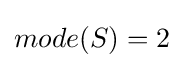
mode(S)=2